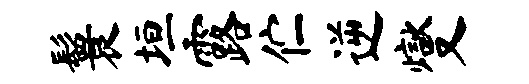
鬟垣露伫逆燮